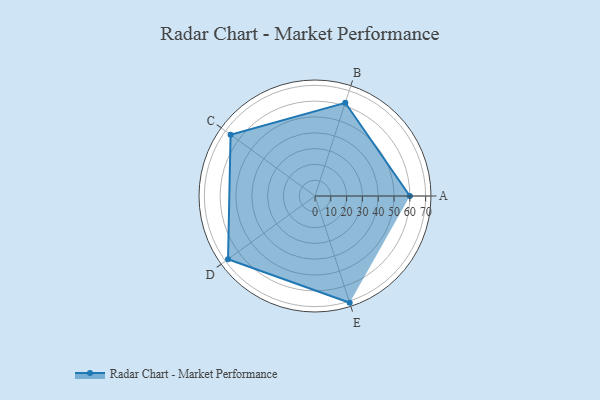
{"axis": {"x": "Skill", "y": "Score"}, "legend": ["Profile"], "data": [{"x": "A", "y": 60.0, "type": "Profile"}, {"x": "B", "y": 62.0, "type": "Profile"}, {"x": "C", "y": 66.0, "type": "Profile"}, {"x": "D", "y": 68.0, "type": "Profile"}, {"x": "E", "y": 71.0, "type": "Profile"}]}